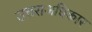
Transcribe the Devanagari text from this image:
उत्तराअधिकार